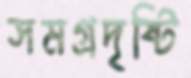
সমগ্রদৃষ্টি